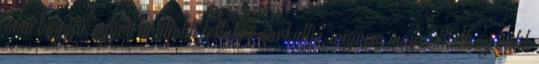
nem hagyja, egyre őrültebb tettekre sarkallja, mígnem megszállottság válik